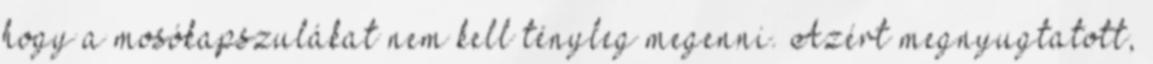
hogy a mosókapszulákat nem kell tényleg megenni. Azért megnyugtatott,